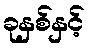
ခုနှစ်နှင့်